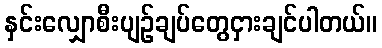
နှင်းလျှောစီးပျဉ်ချပ်တွေငှားချင်ပါတယ်။